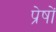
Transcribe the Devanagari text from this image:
प्रेषों